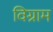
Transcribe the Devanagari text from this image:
विग्राम